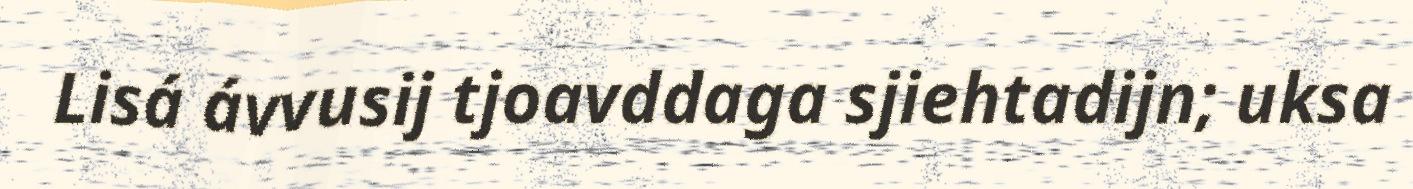
Lisá ávvusij tjoavddaga sjiehtadijn; uksa